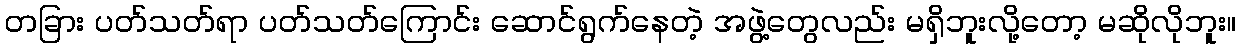
တခြား ပတ်သတ်ရာ ပတ်သတ်ကြောင်း ဆောင်ရွက်နေတဲ့ အဖွဲ့တွေလည်း မရှိဘူးလို့တော့ မဆိုလိုဘူး။